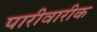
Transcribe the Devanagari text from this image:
पारीवारीक